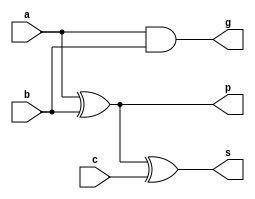
`ifndef _add1pg_v_
`define _add1pg_v_
`endif

module add1pg(a, b, c, s, p, g);

  input a, b, c;
  output s, p, g;
  
  wire a, b, c, s, p , g;

  assign p = a ^ b;
  assign g = a && b;
  assign s = p ^ c;
endmodule